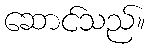
ဆောင်သည်။